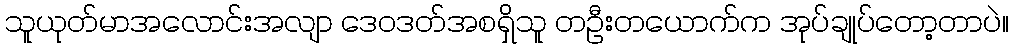
သူယုတ်မာအလောင်းအလျာ ဒေဝဒတ်အစရှိသူ တဦးတယောက်က အုပ်ချုပ်တော့တာပဲ။